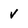
Character: v